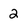
Character: 2